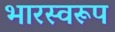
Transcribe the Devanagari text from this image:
भारस्वरूप